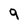
Character: 9